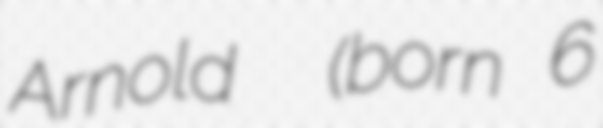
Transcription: Arnold  (born 6